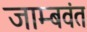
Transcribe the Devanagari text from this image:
जाम्बवंत